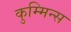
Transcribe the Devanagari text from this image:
कुम्मिन्स